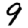
Digit: 9